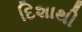
દિશાથી